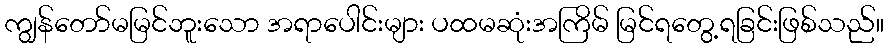
ကျွန်တော်မမြင်ဘူးသော အရာပေါင်းများ ပထမဆုံးအကြိမ် မြင်ရတွေ့ရခြင်းဖြစ်သည်။